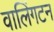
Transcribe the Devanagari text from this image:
वालिंगटन